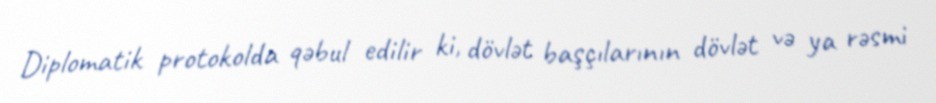
Diplomatik protokolda qəbul edilir ki, dövlət başçılarının dövlət və ya rəsmi